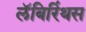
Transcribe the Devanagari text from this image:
लॅबिरिंथस